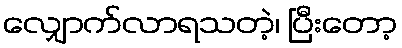
လျှောက်လာရသတဲ့၊ ပြီးတော့